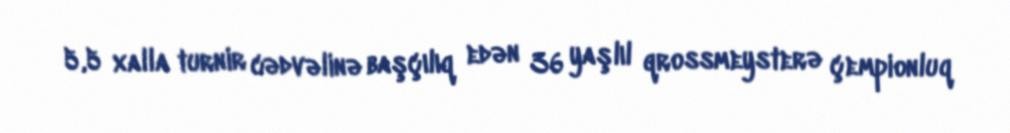
5,5 xalla turnir cədvəlinə başçılıq edən 36 yaşlıl qrossmeysterə çempionluq